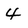
Character: 4